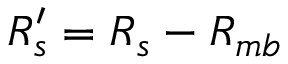
R _ { s } ^ { \prime } = R _ { s } - R _ { m b }